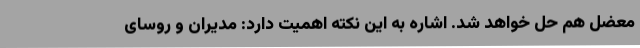
معضل هم حل خواهد شد. اشاره به این نکته اهمیت دارد: مدیران و روسای